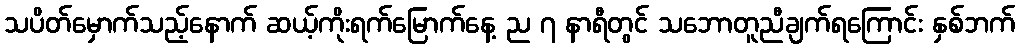
သပိတ်မှောက်သည့်နောက် ဆယ့်ကိုးရက်မြောက်နေ့ ည ၇ နာရီတွင် သဘောတူညီချက်ရကြောင်း နှစ်ဘက်